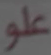
علو